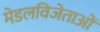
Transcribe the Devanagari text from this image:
मेडलविजेताओं